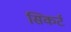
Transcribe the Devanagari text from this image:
सिकर्ट